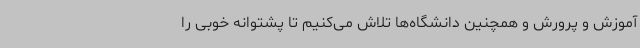
آموزش و پرورش و همچنین دانشگاه‌ها تلاش می‌کنیم تا پشتوانه خوبی را